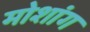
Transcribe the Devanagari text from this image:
मोशांग